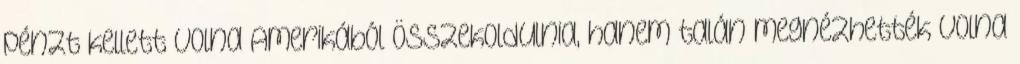
pénzt kellett volna Amerikából összekoldulnia, hanem talán megnézhették volna